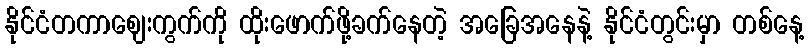
နိုင်ငံတကာဈေးကွက်ကို ထိုးဖောက်ဖို့ခက်နေတဲ့ အခြေအနေနဲ့ နိုင်ငံတွင်းမှာ တစ်နေ့